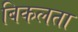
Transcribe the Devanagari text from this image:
बिकलता